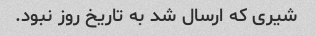
شیری که ارسال شد به تاریخ روز نبود.